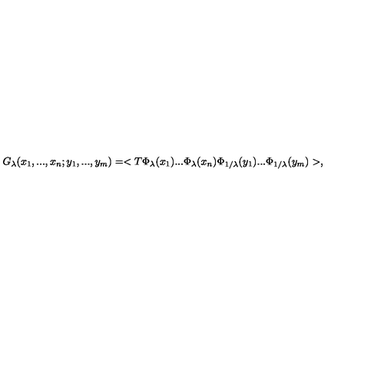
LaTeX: G _ { \lambda } ( x _ { 1 } , . . . , x _ { n } ; y _ { 1 } , . . . , y _ { m } ) = < T \Phi _ { \lambda } ( x _ { 1 } ) . . . \Phi _ { \lambda } ( x _ { n } ) \Phi _ { 1 / \lambda } ( y _ { 1 } ) . . . \Phi _ { 1 / \lambda } ( y _ { m } ) > ,